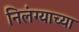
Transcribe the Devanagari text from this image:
निलंग्याच्या